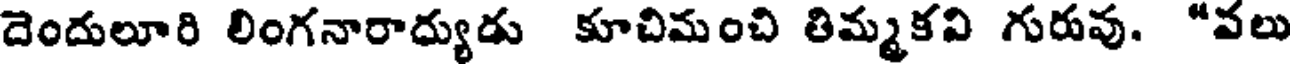
దెందులూరి లింగనారాద్యుడు కూచిమంచి తిమ్మకవి గురువు. "వలు